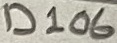
Text: D106